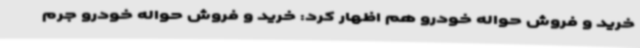
خرید و فروش حواله خودرو هم اظهار کرد: خرید و فروش حواله خودرو جرم